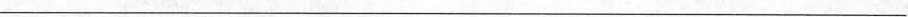
___